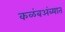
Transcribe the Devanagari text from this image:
कळंबअंब्यात